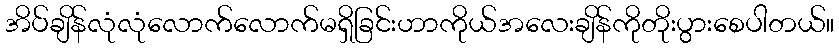
အိပ်ချိန်လုံလုံလောက်လောက်မရှိခြင်းဟာကိုယ်အလေးချိန်ကိုတိုးပွားစေပါတယ်။